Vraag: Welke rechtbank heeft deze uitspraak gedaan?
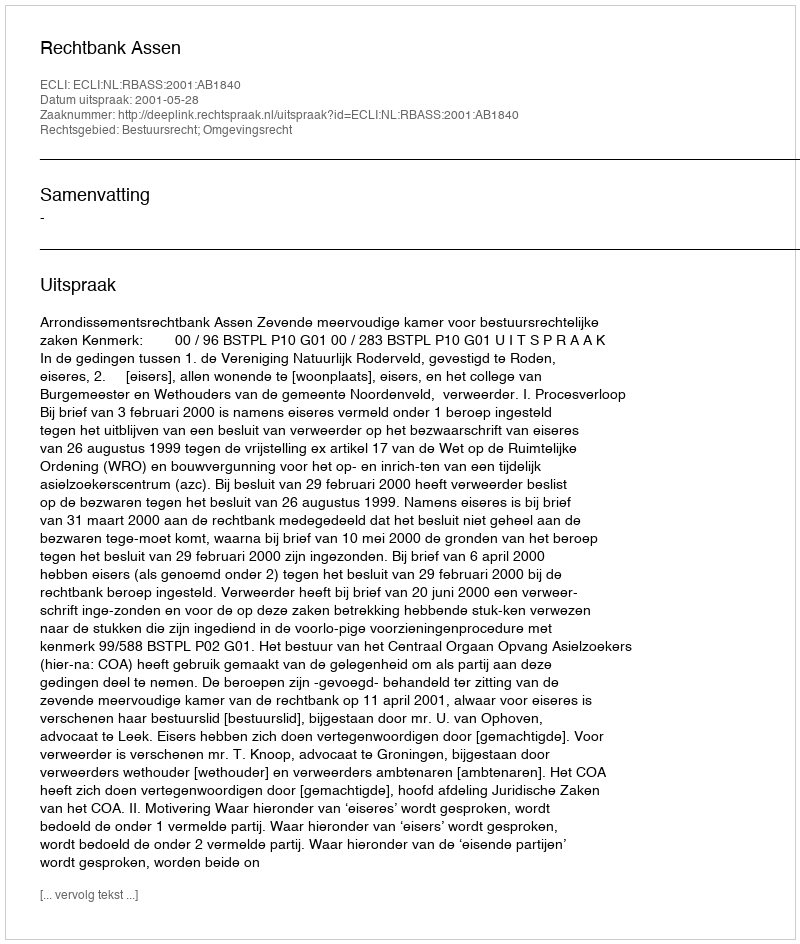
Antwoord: Rechtbank Assen